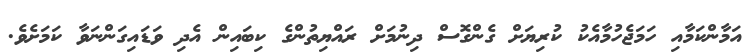
އަމާންކަމާއި ހަމަޖެހުމާއެކު ކުރިޔަށް ގެންގޮސް ދިނުމަށް ރައްޔިތުންގެ ކިބައިން އެދި ވަޑައިގަންނަވާ ކަމަށެވެ.